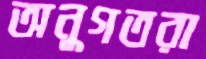
অনুগতরা